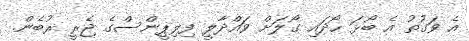
އެ ވަގުތު އެ ބޯޅަ ހޯދައި ގޯލަށް ވައްދާލީ ފިލިޕީންސްގެ ޖެރީ ރުބެން.